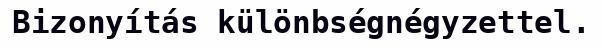
Bizonyítás különbségnégyzettel.